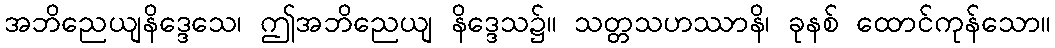
အဘိညေယျနိဒ္ဒေသေ၊ ဤအဘိညေယျ နိဒ္ဒေသ၌။ သတ္တသဟဿာနိ၊ ခုနစ် ထောင်ကုန်သော။